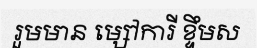
រួមមាន ម្សៅការី ខ្ទឹមស